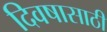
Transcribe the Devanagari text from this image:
दिवषासाठी